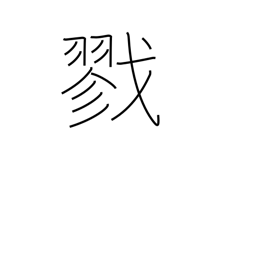
Meaning: kill